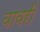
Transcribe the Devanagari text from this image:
वावरी